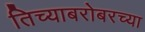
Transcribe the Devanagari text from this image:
तिच्याबरोबरच्या